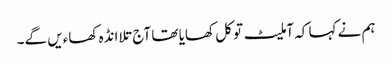
ہم نے کہا کہ آملیٹ تو کل کھایا تھا آج تلا انڈہ کھاءیں گے۔